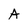
Character: A